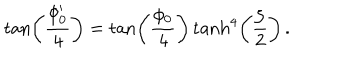
\tan \left( \frac { \phi _ { 0 } ^ { \prime } } { 4 } \right) = \tan \left( \frac { \phi _ { 0 } } { 4 } \right) \tanh ^ { 4 } \left( \frac { \zeta } { 2 } \right) \, .